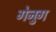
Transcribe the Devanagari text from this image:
गेनुग